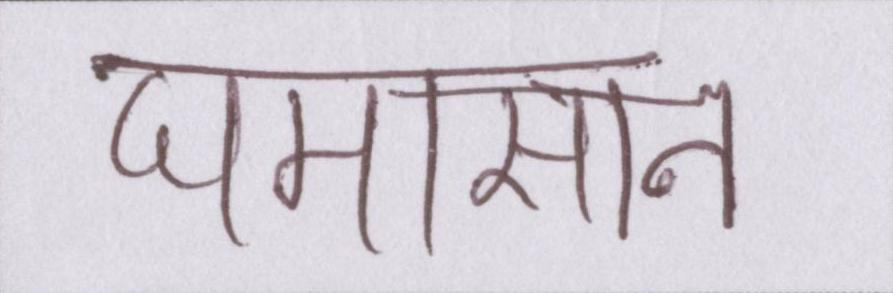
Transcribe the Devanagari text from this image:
घमासान